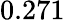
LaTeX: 0.271